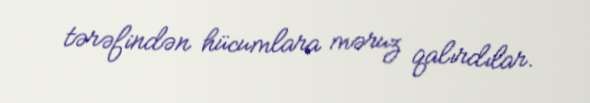
tərəfindən hücumlara məruz qalırdılar.